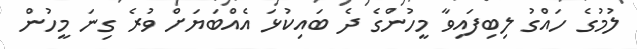
ލުމުގެ ހައްގު ލިބިފައިވާ މީހުންގެ ދެ ބައިކުޅަ އެއްބަޔަށް ވުރެ ގިނަ މީހުން